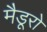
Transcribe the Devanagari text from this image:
मैडूरो